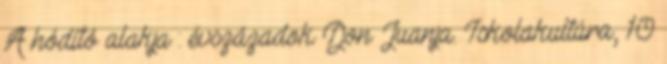
A hódító alakja : évszázadok Don Juanja. Iskolakultúra, 10